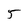
Character: 5